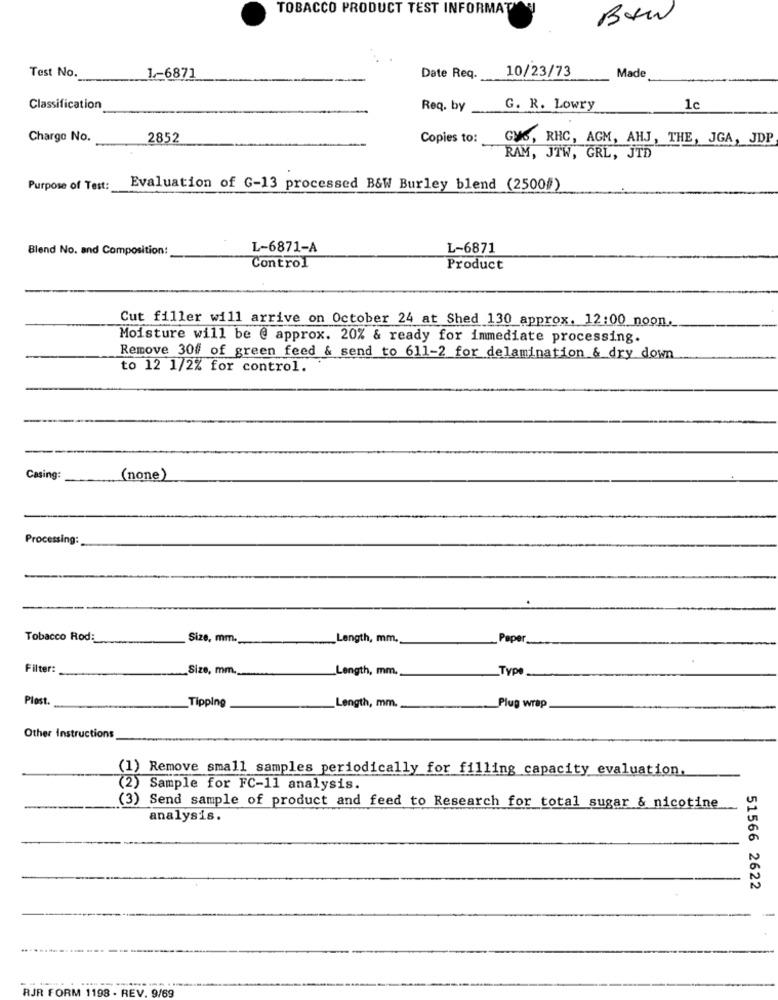
TOBACCO PRODUCT TEST INFORMAT
Bei
Test No.
10/23/73
Made
1-6871
Date Req.
Classification
Req. by
G. R. Lowry
1c
Charge No.
2852
Copies to:
GUG, RHC, AGM, AHJ, THE, JGA, JDP
RAM, JTW, GRL, JTD
Purpose of Test:
Evaluation of G-13 processed B&W Burley blend (2500#)
Blend No. and Composition:
L-6871-A
L-6871
Control
Product
Cut filler will arrive on October 24 at Shed 130 approx. 12:00 noon.
Moisture will be @ approx. 20% & ready for immediate processing.
Remove 30# of green feed & send to 611-2 for delamination & dry down
to 12 1/2% for control.
Casing:
(none)
Processing:
Tobacco Rod:
Size, mm.
Length, mm,
Paper
Filter:
Size, mm.
Length, mm,
Type
Plast.
_Tipping
Length, mm.
Plug wrap
Other Instructions
(1) Remove small samples periodically for filling capacity evaluation.
(2) Sample for FC-11 analysis.
(3) Send sample of product and feed to Research for total sugar & nicotine
analysis.
51566 2622
RJR FORM 1198 - REV. 9/69